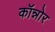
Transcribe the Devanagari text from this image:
कॉन्नोर